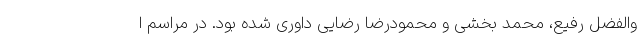
والفضل رفیع، محمد بخشی و محمودرضا رضایی داوری شده بود. در مراسم ا